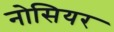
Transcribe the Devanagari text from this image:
नोसियर